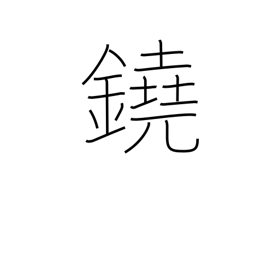
Meaning: gong